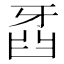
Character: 𤘍